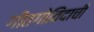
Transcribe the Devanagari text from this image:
गीतगोविंदाची